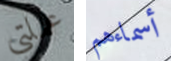
عملتي أسماءهم